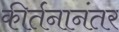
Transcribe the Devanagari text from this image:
कीर्तनानंतर